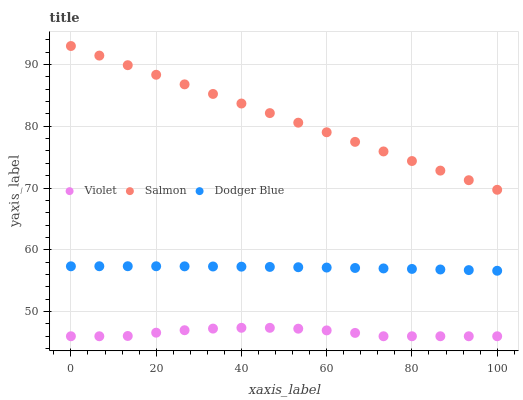
| xaxis_label | Violet | Salmon | Dodger Blue |
 | --- | --- | --- | --- |
 | 0 | 46 | 93 | 57.3 |
 | 6.67 | 46 | 91.4 | 57.3 |
 | 13.3 | 46 | 89.9 | 57.3 |
 | 20 | 46.6 | 88.3 | 57.3 |
 | 26.7 | 47 | 86.8 | 57.3 |
 | 33.3 | 47.2 | 85.2 | 57.3 |
 | 40 | 47.4 | 83.7 | 57.3 |
 | 46.7 | 47.4 | 82.1 | 57.2 |
 | 53.3 | 47.2 | 80.6 | 57.2 |
 | 60 | 46.9 | 79 | 57.1 |
 | 66.7 | 46.5 | 77.5 | 57.1 |
 | 73.3 | 46 | 75.9 | 57 |
 | 80 | 46 | 74.4 | 56.9 |
 | 86.7 | 46 | 72.8 | 56.8 |
 | 93.3 | 46 | 71.3 | 56.7 |
 | 100 | 46 | 69.7 | 56.6 |